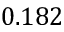
0 . 1 8 2